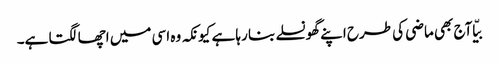
بیّا آج بھی ماضی کی طرح اپنے گھونسلے بنا رہا ہے کیونکہ وہ اسی میں اچھا لگتا ہے۔